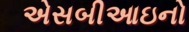
એસબીઆઇનો